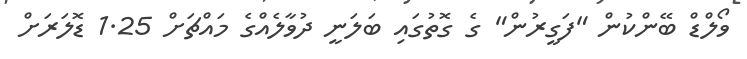
ވޯލްޑް ބޭންކުން "ފަގީރުން" ގެ ގޮތުގައި ބަލަނީ ދުވާލެއްގެ މައްޗަށް 1.25 ޑޮލަރަށް